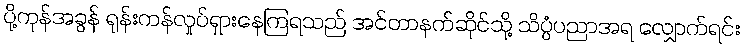
ပို့ကုန်အခွန် ရုန်းကန်လှုပ်ရှားနေကြရသည် အင်တာနက်ဆိုင်သို့ သိပ္ပံပညာအရ လျှောက်ရင်း